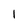
Character: 1